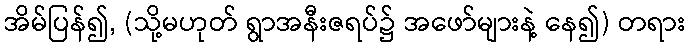
အိမ်ပြန်၍, (သို့မဟုတ် ရွာအနီးဇရပ်၌ အဖော်များနဲ့ နေ၍) တရား